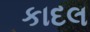
કાદલ